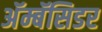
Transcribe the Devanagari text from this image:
अॅम्बॅसिडर